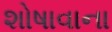
શોષાવાના